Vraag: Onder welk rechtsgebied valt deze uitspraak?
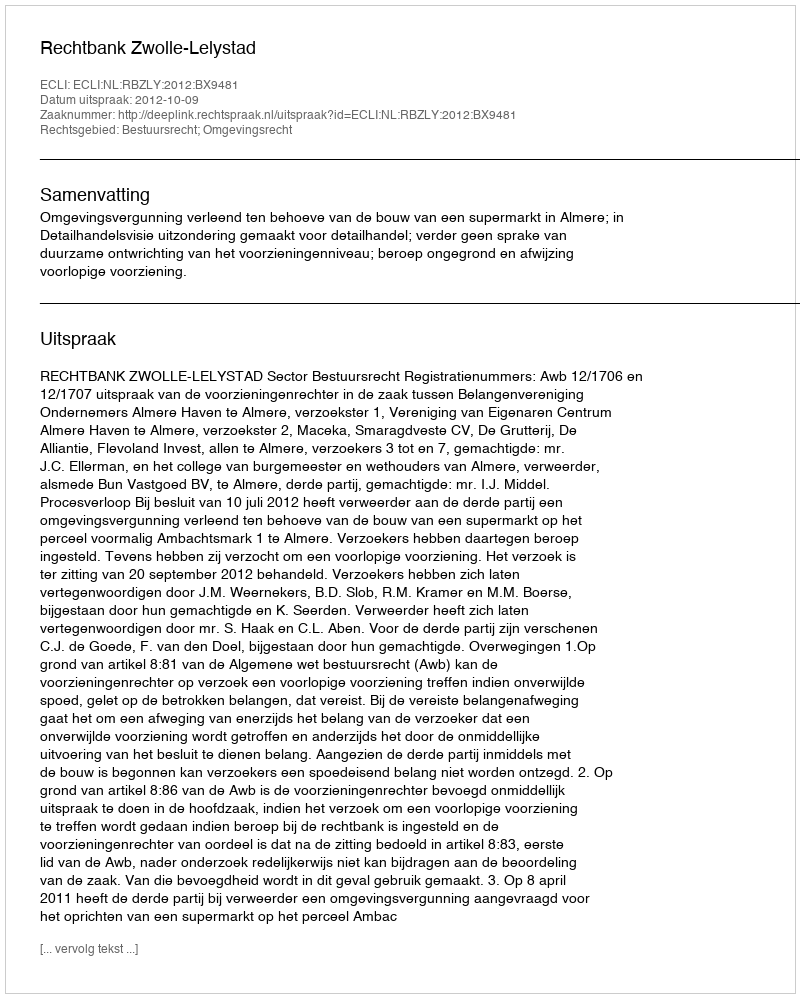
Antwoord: Bestuursrecht; Omgevingsrecht